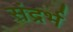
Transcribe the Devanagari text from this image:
संद्रर्भ